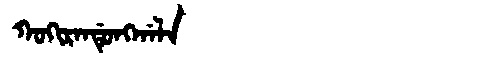
Manchu: ᡴᠣᡴᡳᡵᠠᠨᡩᡠᠩᡤᠠᠯᠠ
Romanization: KOKIRANDUNGGALA